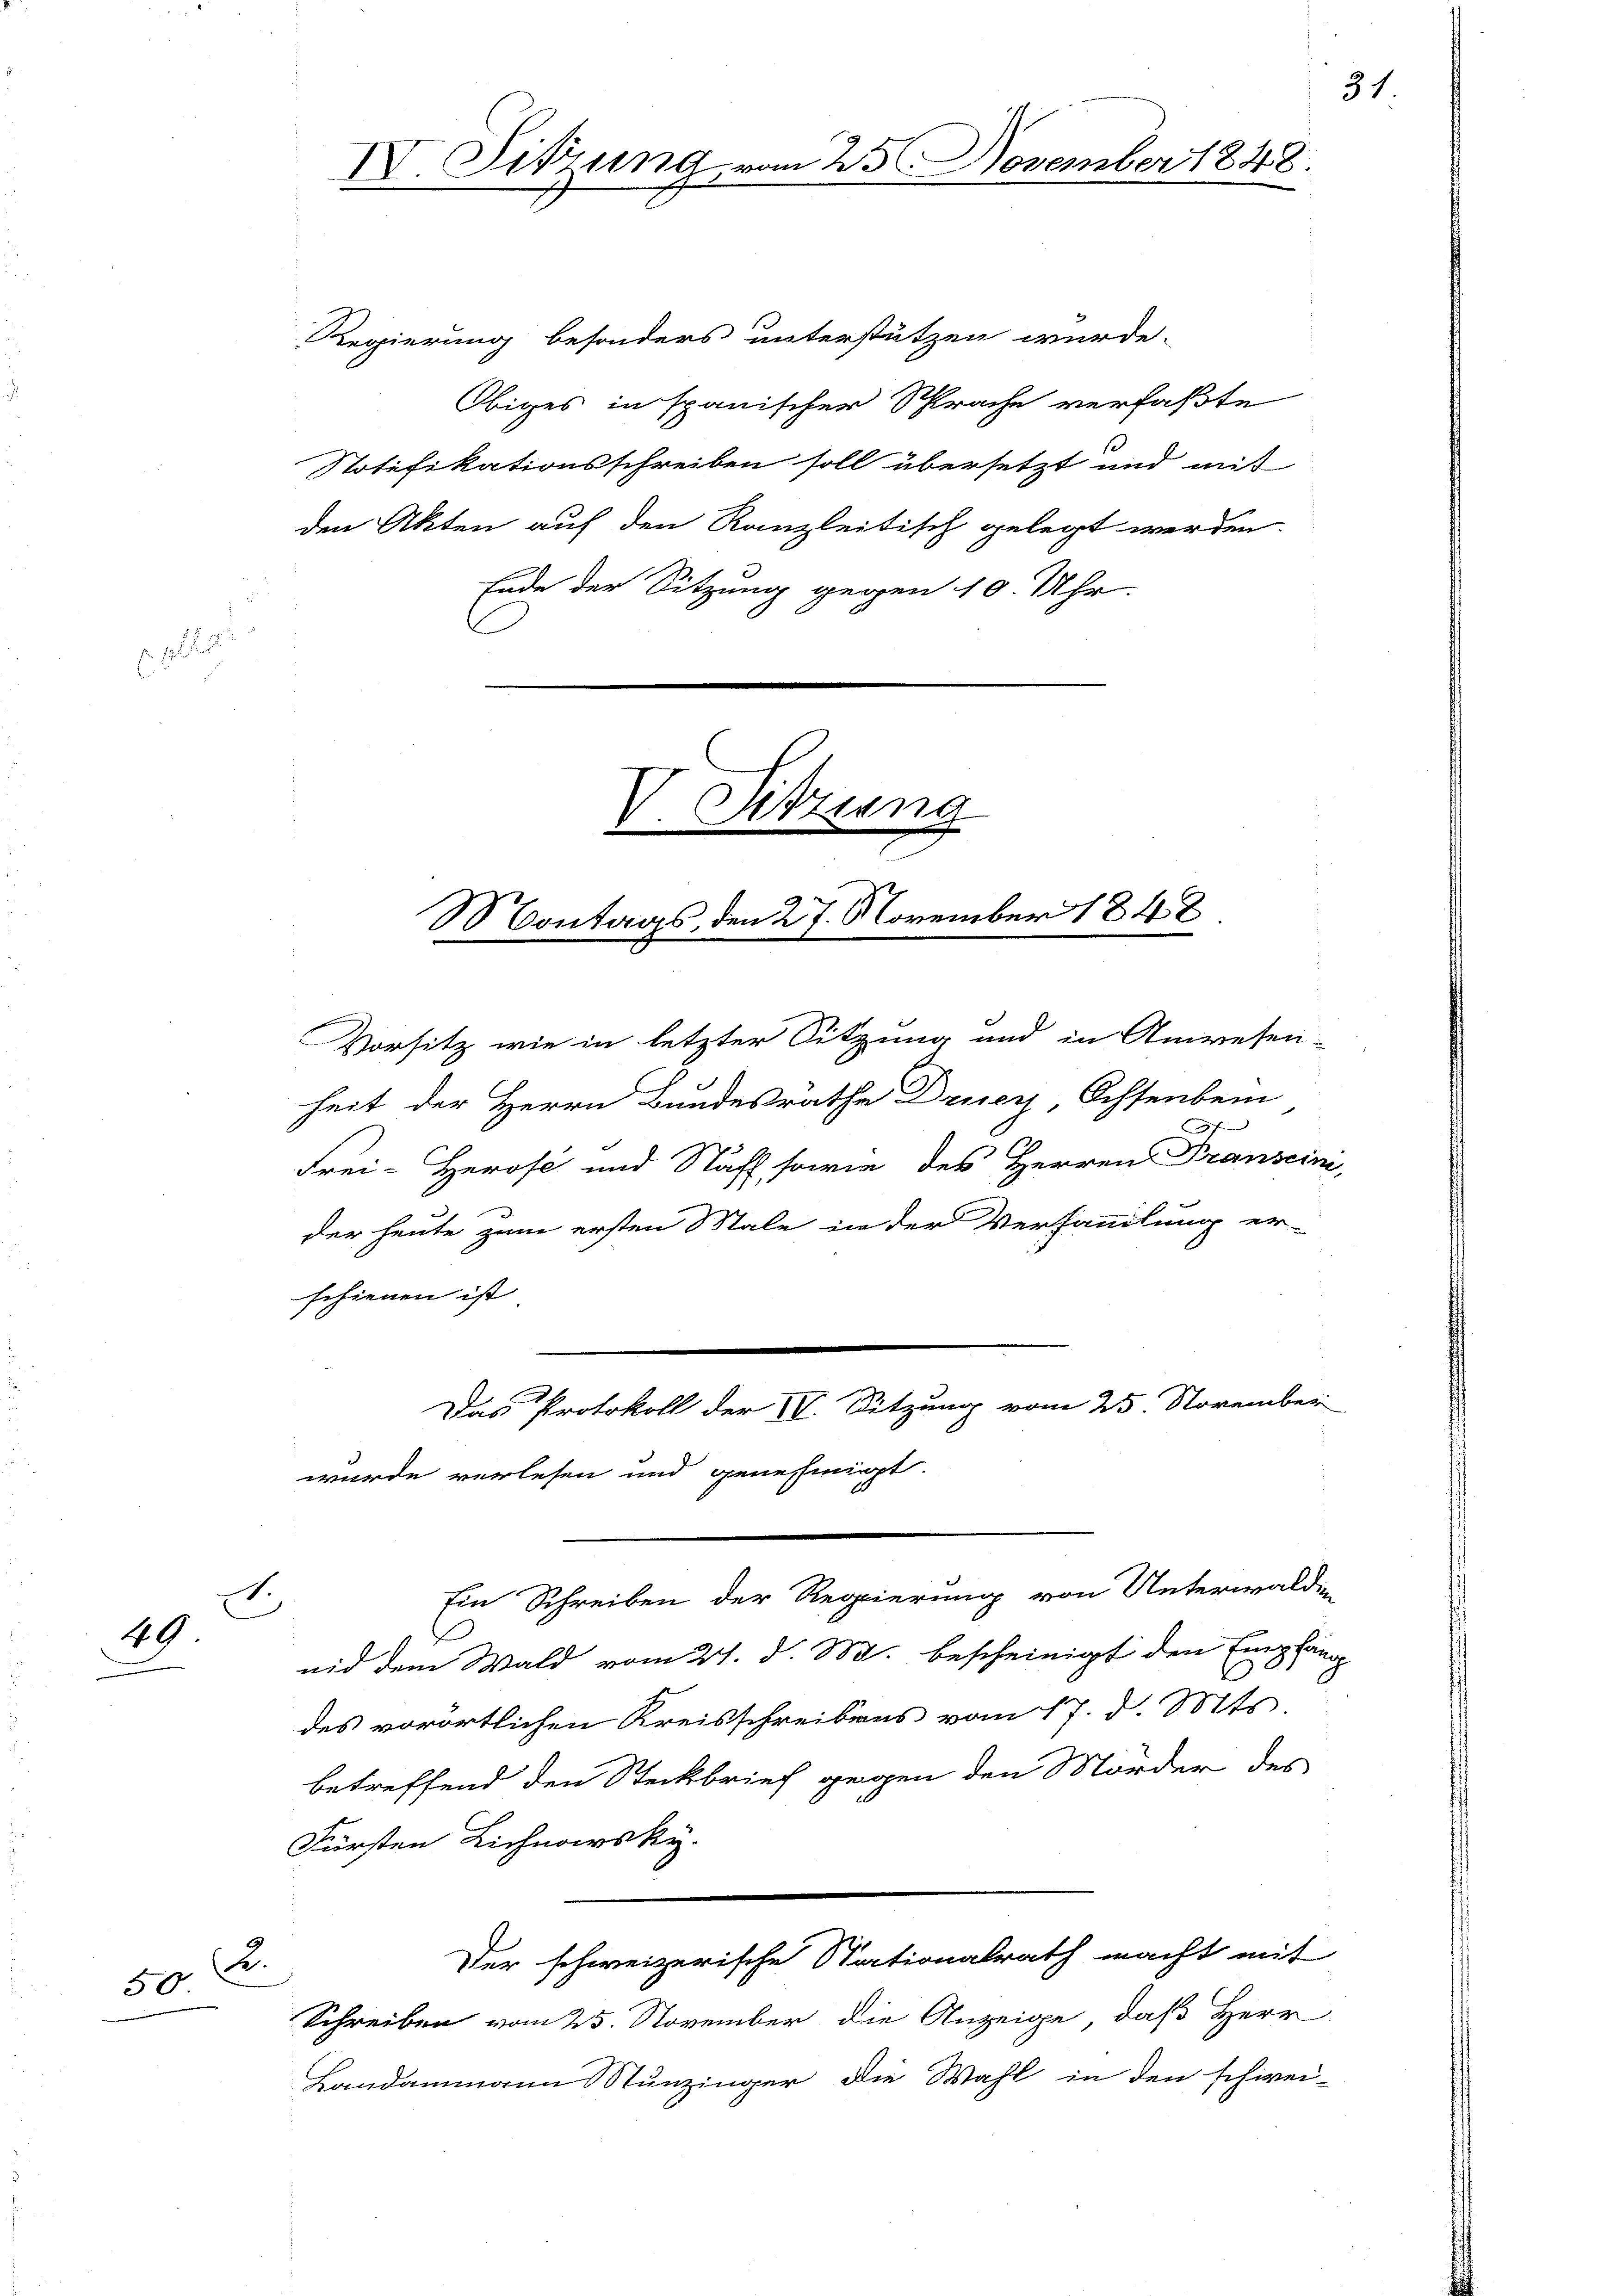
.
49

2.
50

Regierung besonders unterstützen wurde.
Obiges in spanischer Sprache verfaßte
Notifikationsschreiben soll übersetzt und mit
den Akten auf den Kanzleitisch gelegt werden.
Ende der Sitzung gegen 10. Uhr.
C

IV. Sitzung vom 23 November 1848

V. Sitzung
Montags, den 27. November 1848

Das Protokoll der IV. Sitzung vom 25. November
wurde verlesen und genehmigt.

Vorsitz wie in letzter Sitzung und in Anwesen-
heit der Herrn Bundesrathe Drucy Ochsenbein
f
Frei-Herose und Staff sowie des Herren Transein
der heute zum ersten Male in der Verhandlung er-
schienen ist
Ein Schreiben der Regierung von Unterwald-
nid dem Wald vom 21. d. M. bescheinigt den Empf
des vorörtlichen Kreisschreibens vom 17. d. Mts.
betreffend den Steckbrief gegen den Morder des
Fürsten Lichnarsky.
Der schweizerische Stationalrath macht mit
Schreiben vom 25. November die Anzeige, daß Herr
Handammann Nunzinger die Wahl in den schwei

31.

20

2
2

d

2